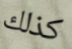
كذلك